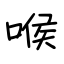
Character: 喉